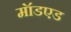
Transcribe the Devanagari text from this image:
मॉडएड